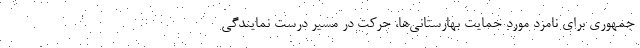
جمهوری برای نامزد مورد حمایت بهارستانی‌ها، حرکت در مسیر درست نمایندگی